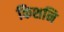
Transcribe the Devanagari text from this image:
किशनि